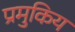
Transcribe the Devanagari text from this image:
प्रमुकिय